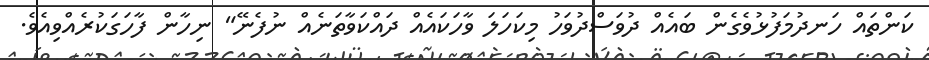
ކަންތައް ހަނދުމަފުޅުވެގެން ބައެއް ދުވަސްދުވަހު މިކަހަލަ ވާހަކައެއް ދައްކަވާތަނެއް ނުފެނޭ" ނިހާން ފާހަގަކުރެއްވިއެވެ.